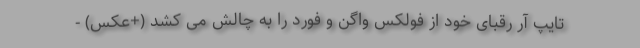
تایپ آر رقبای خود از فولکس واگن و فورد را به چالش می کشد (+عکس) -